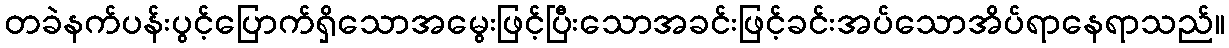
တခဲနက်ပန်းပွင့်ပြောက်ရှိသောအမွေးဖြင့်ပြီးသောအခင်းဖြင့်ခင်းအပ်သောအိပ်ရာနေရာသည်။